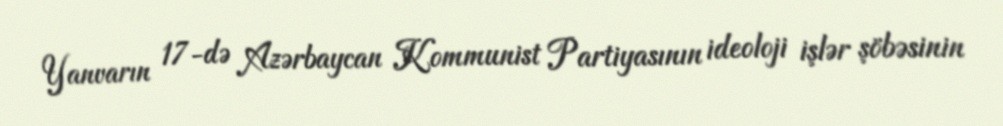
Yanvarın 17-də Azərbaycan Kommunist Partiyasının ideoloji işlər şöbəsinin